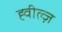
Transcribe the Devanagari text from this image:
ह्वील्ज़